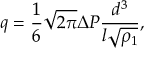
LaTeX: q = { \frac { 1 } { 6 } } { \sqrt { 2 \pi } } \Delta P { \frac { d ^ { 3 } } { l { \sqrt { \rho _ { 1 } } } } } ,